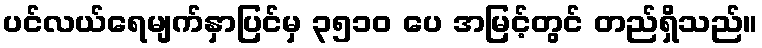
ပင်လယ်ရေမျက်နှာပြင်မှ ၃၅၁၀ ပေ အမြင့်တွင် တည်ရှိသည်။